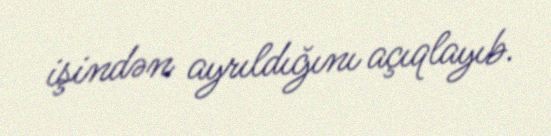
işindən ayrıldığını açıqlayıb.